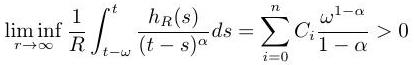
\[\liminf_{r\to\infty} \frac{1}{R} \int_{t-\omega}^{t} \frac{h_R(s)}{(t - s)^{\alpha}} ds = \sum_{i=0}^{n} C_i \frac{\omega^{1 - \alpha}}{1 - \alpha} > 0\]